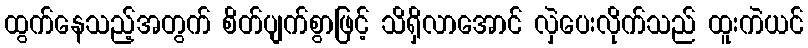
ထွက်နေသည့်အတွက် စိတ်ပျက်စွာဖြင့် သိရှိလာအောင် လှဲပေးလိုက်သည် ထူးကဲယင်